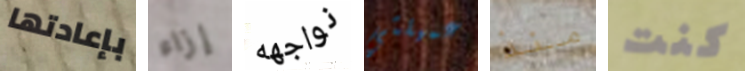
بإعادتها إزاء نواجهه عميلتي منذ كنت